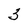
Character: 3